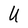
Character: U